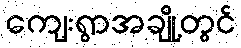
ကျေးရွာအချို့တွင်